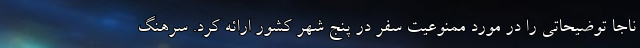
ناجا توضیحاتی را در مورد ممنوعیت سفر در پنج شهر کشور ارائه کرد. سرهنگ